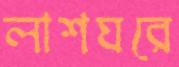
লাশঘরে